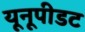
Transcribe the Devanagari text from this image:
यूनूपीडट